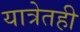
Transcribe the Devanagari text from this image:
यात्रेतही